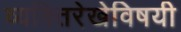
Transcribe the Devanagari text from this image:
व्यक्तिरेखेविषयी